Leaving Certificate Examination (including Day School Certificate (Higher) General paper), 1935
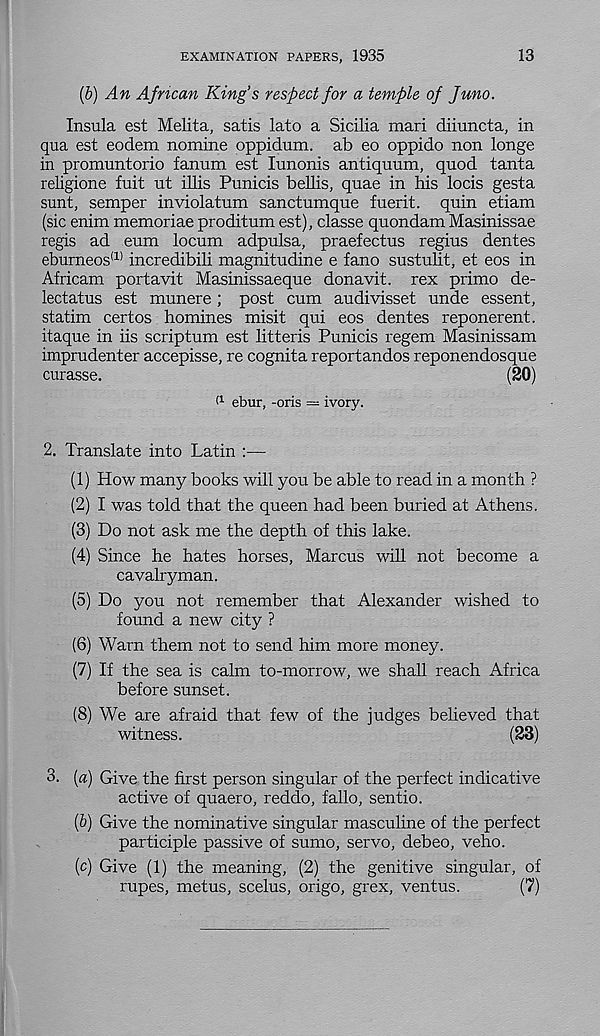
EXAMINATION PAPERS, 1935
13
(6)
An African King’s respect for a templ
Insula est Melita, satis lato a Sicilia mari diiuncta, in
qua est eodem nomine oppidum. ab eo oppido non longe
in promuntorio fanum est lunonis antiquum, quod tanta
religione fuit ut illis Punicis bellis, quae in his locis gesta
sunt, semper inviolatum sanctumque fuerit. quin etiam
(sic enim memoriae proditum est), classe quondam Masinissae
regis ad eum locum adpulsa, praefectus regius dentes
eburneos (1) incredibili magnitudine e fano sustuht, et eos in
Africam portavit Masinissaeque donavit. rex primo de-
lectatus est munere; post cum audivisset unde essent,
statim certos homines misit qui eos dentes reponerent.
itaque in iis scriptum est litteris Punicis regem Masinissam
imprudenter accepisse, re cognita reportandos reponendosque
curasse.
(20)
f 1 ebur, -oris — ivory.
2. Translate into Latin :—
(1) How many books will you be able to read in a month ?
(2) I was told that the queen had been buried at Athens.
(3) Do not ask me the depth of this lake.
(4) Since he hates horses, Marcus will not become a
cavalryman.
(5) Do you not remember that Alexander wished to
found a new city ?
(6) Warn them not to send him more money.
(7) If the sea is calm to-morrow, we shall reach Africa
before sunset.
(8) We are afraid that few of the judges believed that
witness.
(23)
3. [a) Give the first person singular of the perfect indicative
active of quaero, reddo, fallo, sentio.
(6) Give the nominative singular masculine of the perfect
participle passive of sumo, servo, debeo, veho.
(c) Give (1) the meaning, (2) the genitive singular, of
rupes, metus, scelus, origo, grex, ventus.
(7)